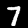
Digit: 7